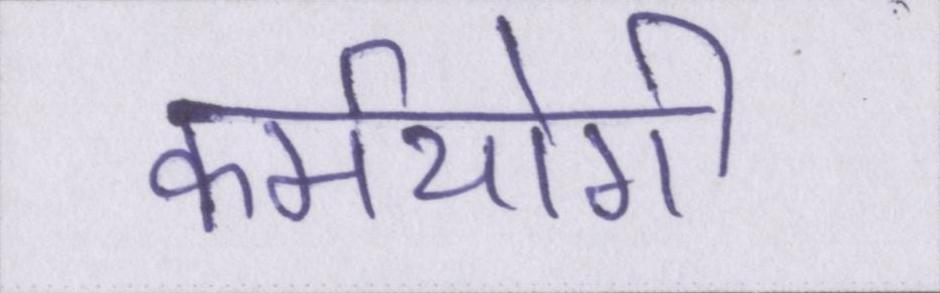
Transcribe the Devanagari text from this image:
कर्मयोगी